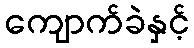
ကျောက်ခဲနှင့်